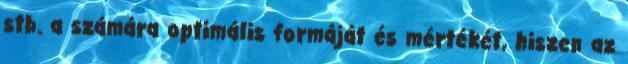
stb. a számára optimális formáját és mértékét, hiszen az